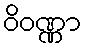
ဝိဝဏ္ဏာ